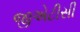
જીએટીસી